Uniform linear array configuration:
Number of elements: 8
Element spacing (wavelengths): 1
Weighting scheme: kaiser
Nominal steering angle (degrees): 0
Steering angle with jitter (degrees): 1.949
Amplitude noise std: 0.05
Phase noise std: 0.05

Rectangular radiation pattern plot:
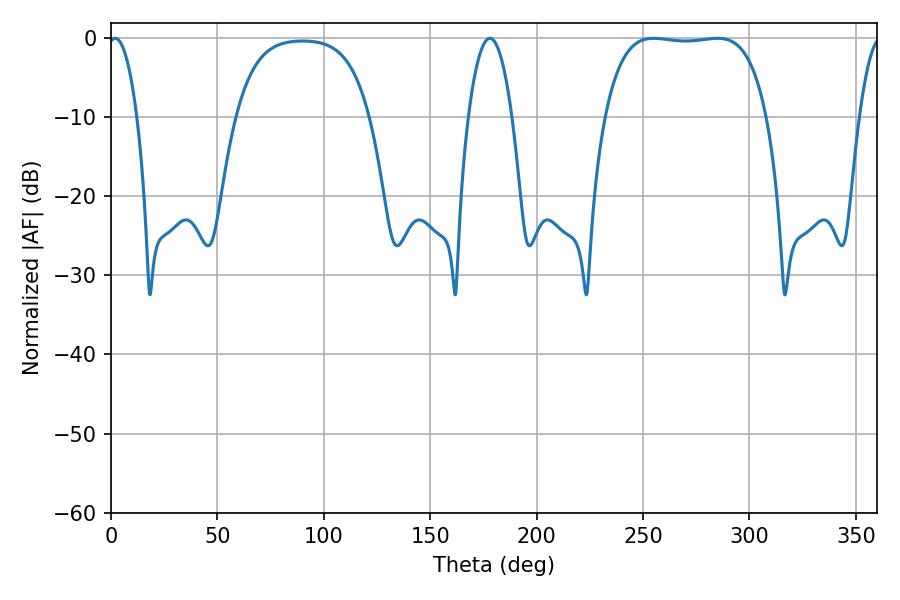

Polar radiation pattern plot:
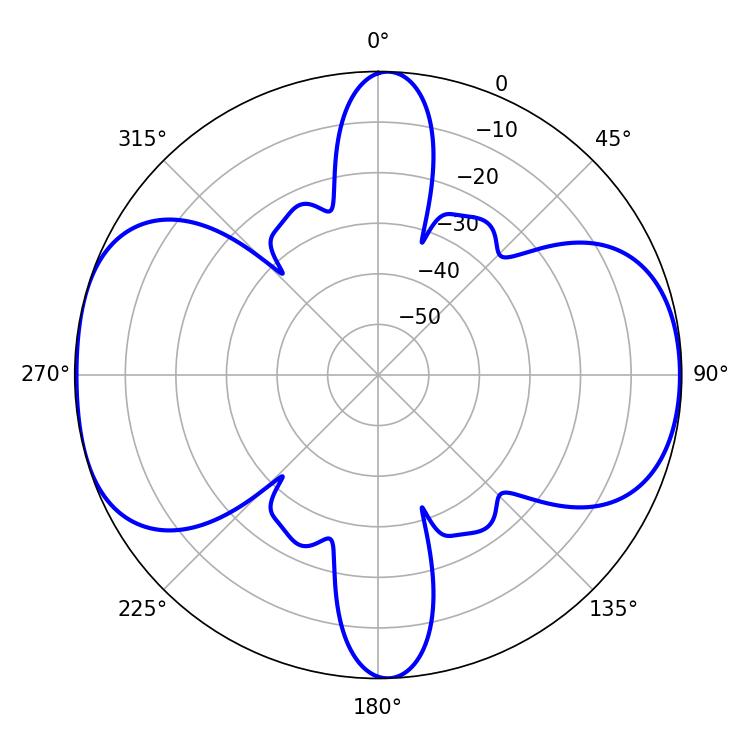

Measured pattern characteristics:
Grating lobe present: TRUE
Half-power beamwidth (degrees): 7.56
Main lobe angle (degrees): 1.98